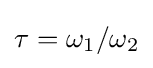
\tau =\omega _{1}/\omega _{2}